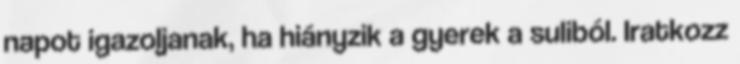
napot igazoljanak, ha hiányzik a gyerek a suliból. Iratkozz